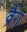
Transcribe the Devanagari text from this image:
व्रैग